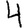
Digit: 4